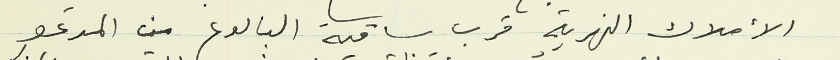
الأملاك النهرية قرب ساقية البالوع من المدعو